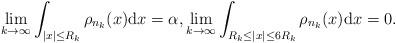
LaTeX: \begin{align*}\lim_{k\to\infty}\int_{|x|\leq R_{k}}\rho_{n_{k}}(x){\rm d}x = \alpha, \lim_{k\to\infty}\int_{R_{k}\leq |x| \leq 6R_{k}}\rho_{n_{k}}(x){\rm d}x=0.\end{align*}